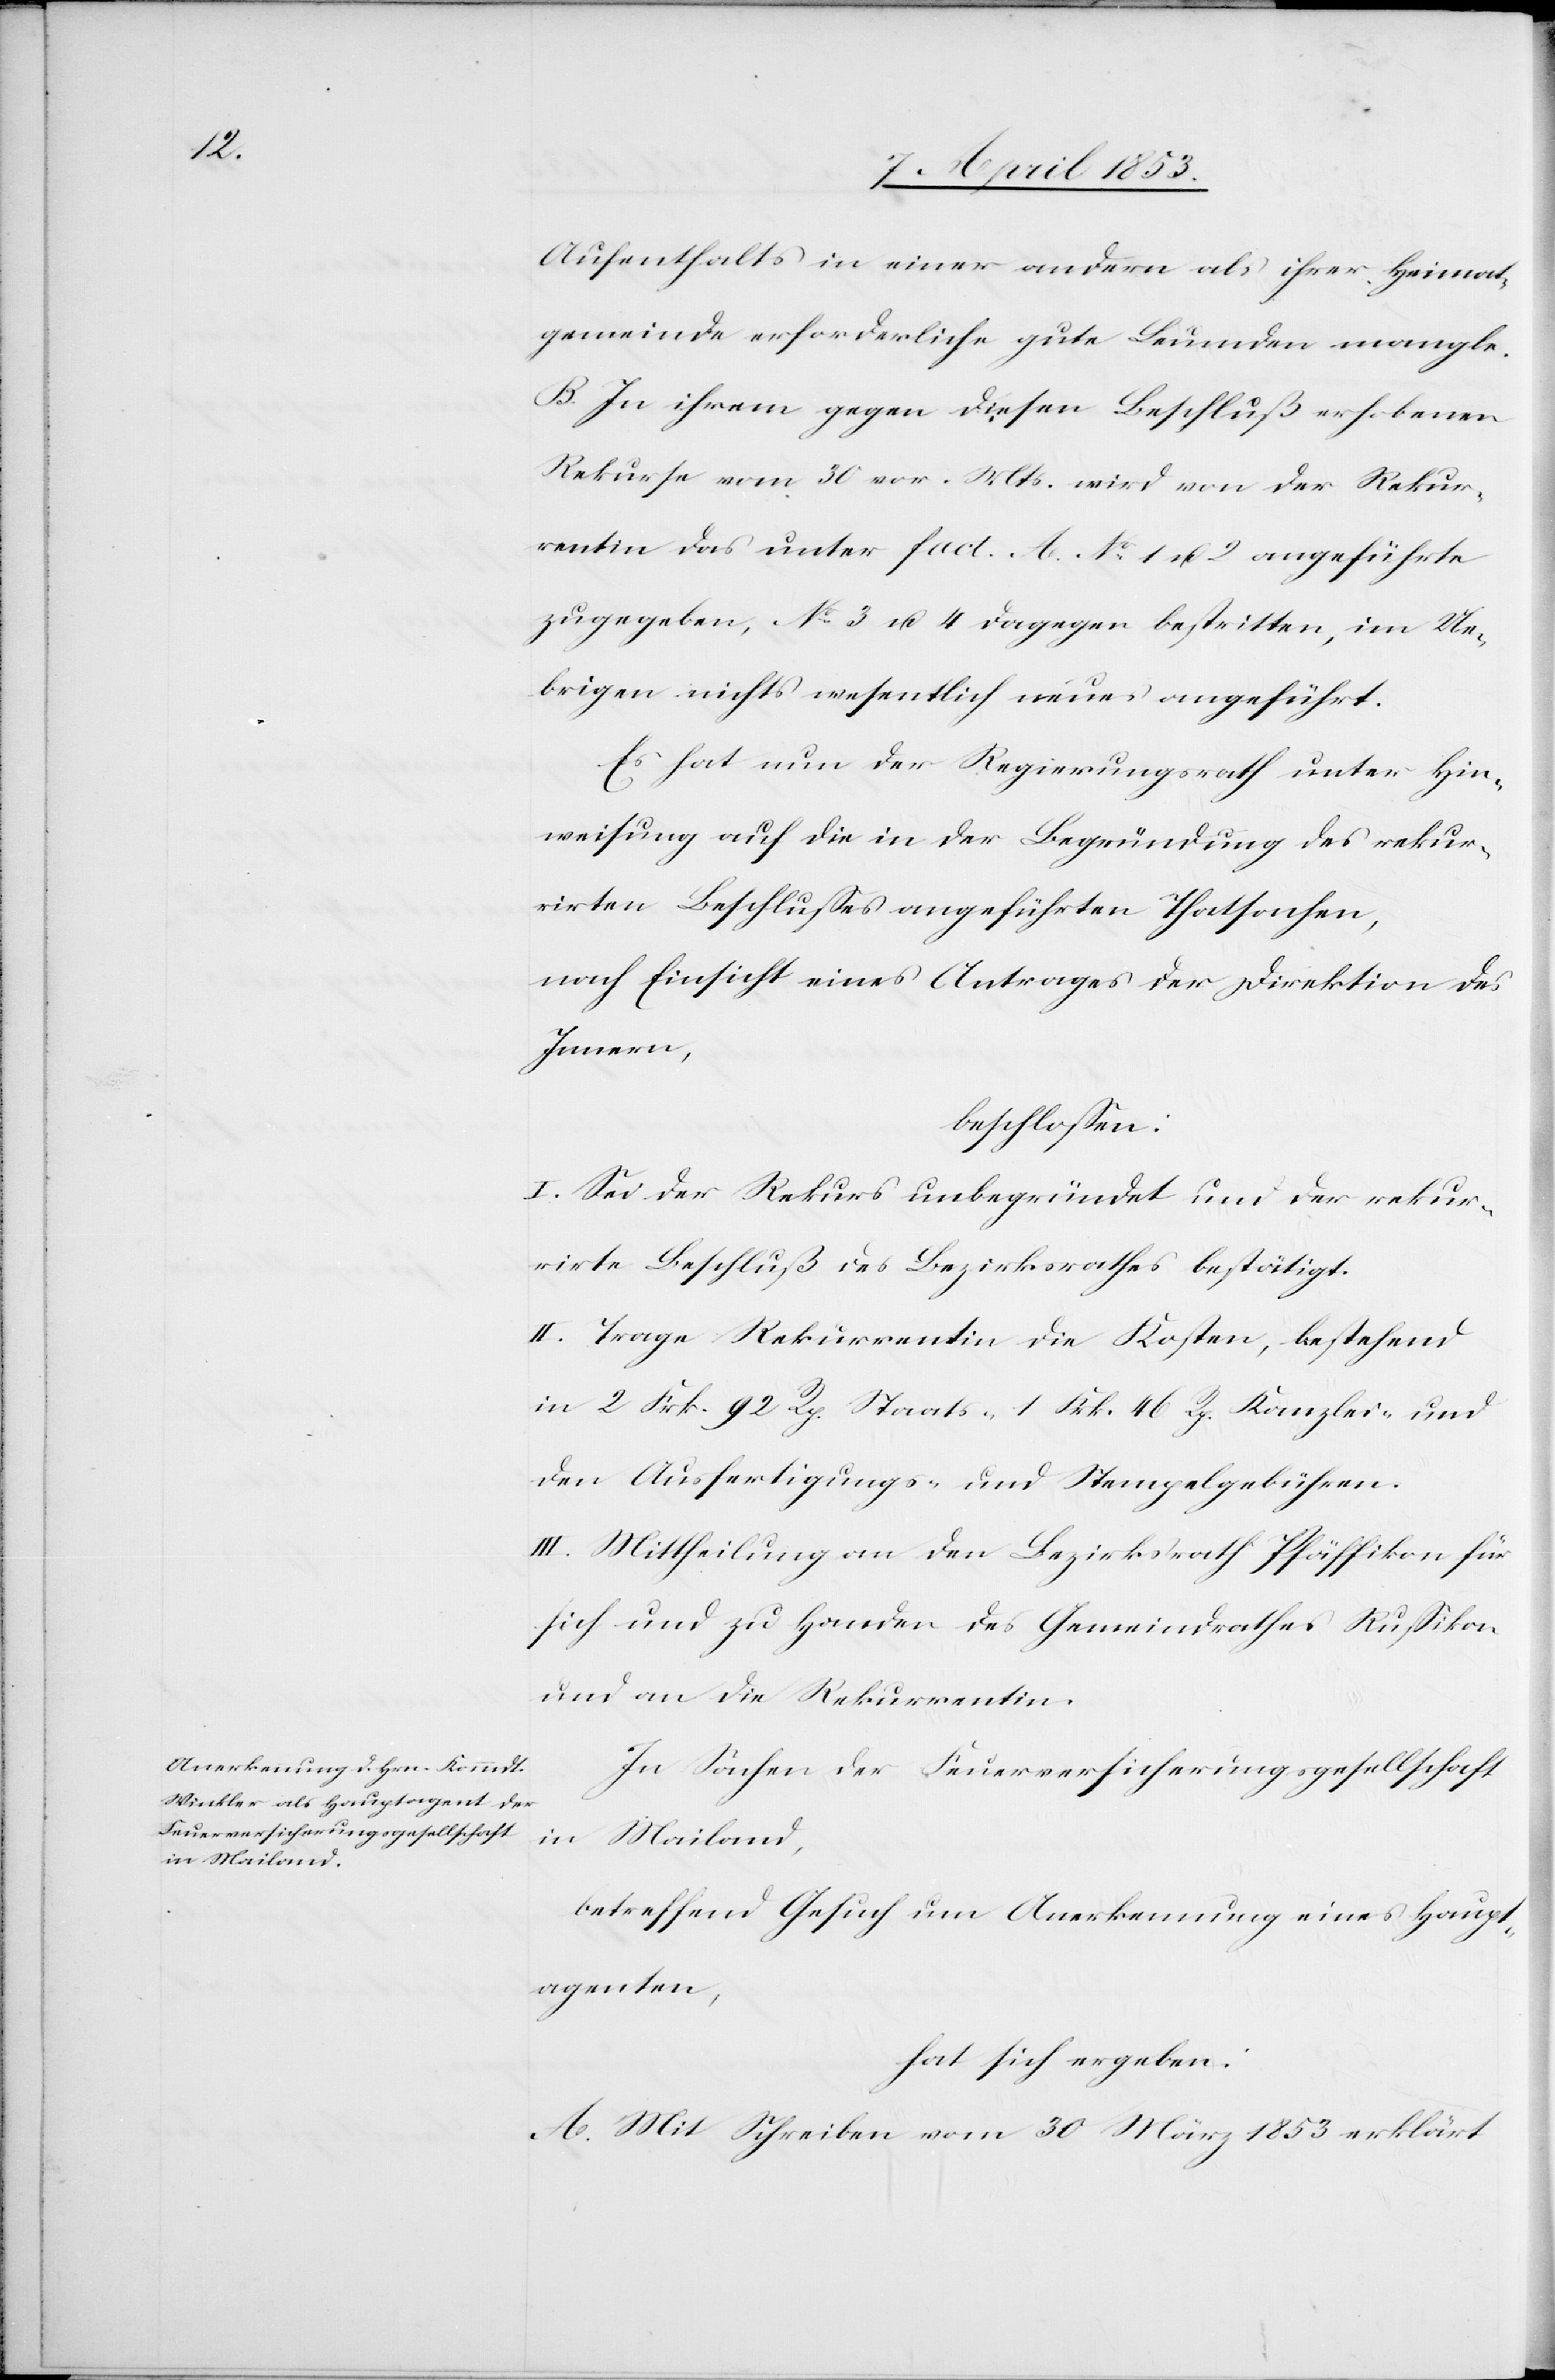
Aufenthaltes in einer andern als ihrer Heimat¬
gemeinde erforderliche gute Leumden mangle.
B. In ihrem gegen diesen Beschluß erhobenen
Rekurse vom 30 vor. Mts. wird von der Rekur¬
rentin das unter fact. A. N°. 1 u. 2 angeführte
zugegeben, N°. 3 u. 4 dagegen bestritten, im Ue¬
brigen nichts wesentlich neues angeführt.
Es hat nun der Regierungsrath unter Hin¬
weisung auf die in der Begründung des rekur¬
rirten Beschlußes angeführten Thatsachen,
nach Einsicht eines Antrages der Direktion des
Innern,
beschloßen:
I. Sei der Rekurs unbegründet und der rekur¬
rirte Beschluß des Bezirksrathes bestätigt.
II. Trage Rekurrentin die Kosten, bestehend
in 2 Frk. 92 Rp. Staats- 1 Frk. 46 Rp. Kanzlei- und
den Ausfertigungs- u. Stempelgebühren.
III. Mittheilungen an den Bezirksrath Pfäffikon für
sich und zu Handen des Gemeindrathes Rußikon
und an die Rekurrentin.
In Sachen der Feuerversicherungsgesellschaft
in Mailand,
betreffend Gesuch um Anerkennung eines Haupt¬
agenten,
hat sich ergeben:
A. Mit Schreiben vom 30 März 1853 erklärt